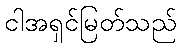
ငါအရှင်မြတ်သည်